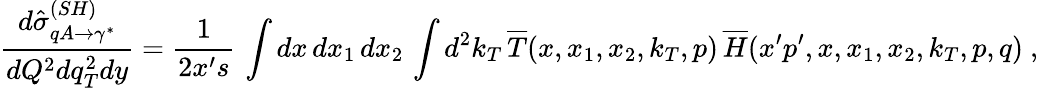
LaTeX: \frac{d\hat{\sigma}_{qA\rightarrow\gamma^{*}}^{(SH)}}{dQ^{2}dq_{T}^{2}dy}=\frac{1}{2x^{\prime}s}\, \int dx\, dx_{1}\, dx_{2}\, \int d^{2}k_{T}\, \overline{{{T}}}(x,x_{1},x_{2},k_{T},p)\, \overline{{{H}}}(x^{\prime}p^{\prime},x,x_{1},x_{2},k_{T},p,q)\ ,